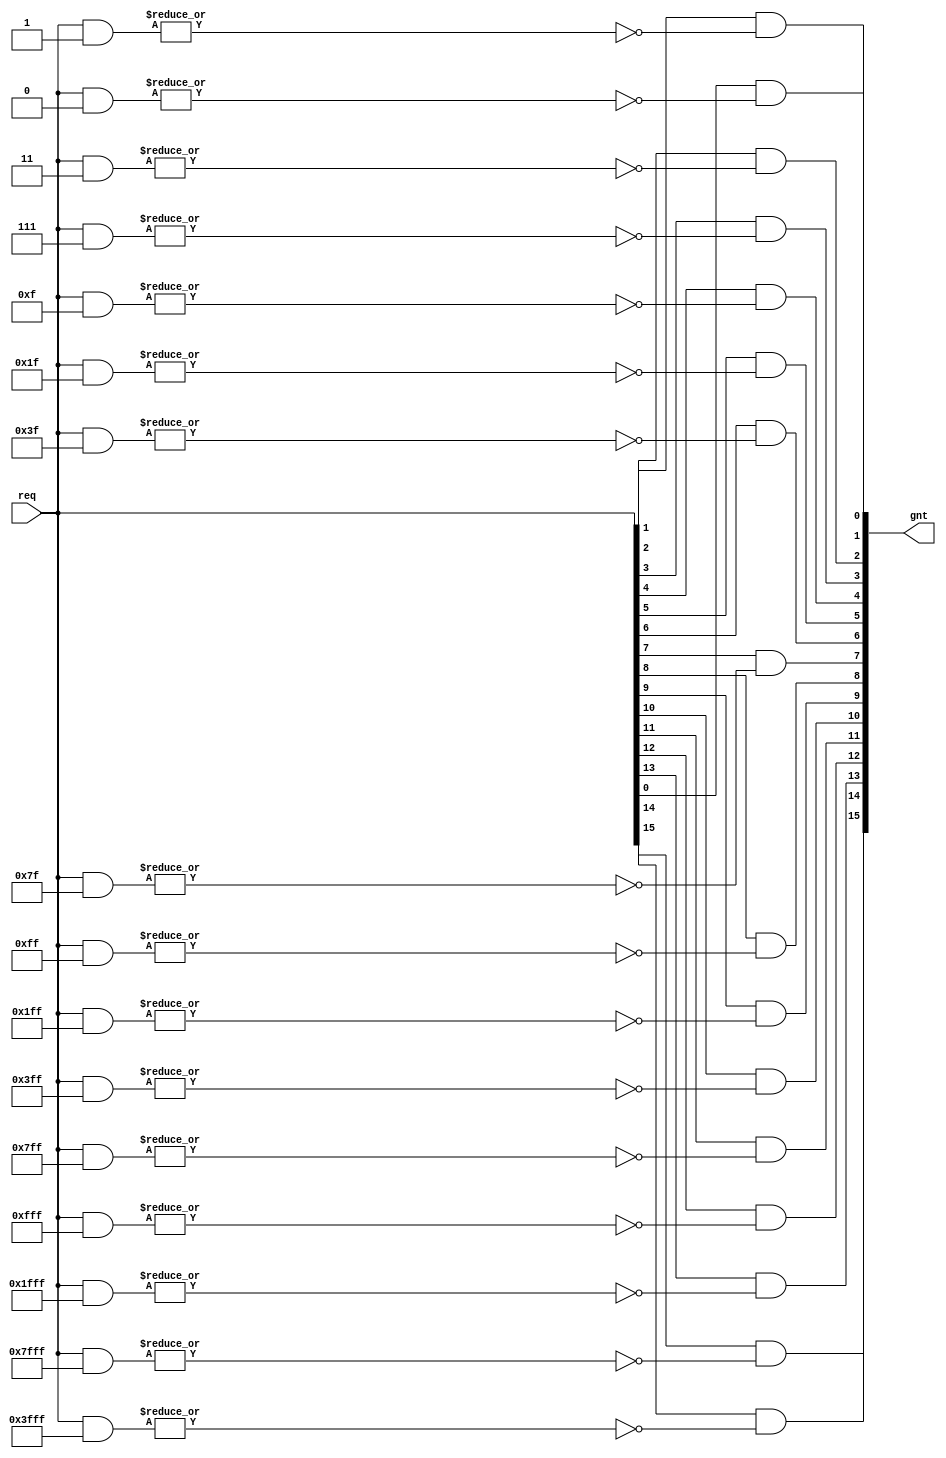
module hazard3_onehot_priority #(
	parameter W_REQ        = 16,
	parameter HIGHEST_WINS = 0
) (
	input  wire [W_REQ-1:0] req,
	output reg  [W_REQ-1:0] gnt
);

always @ (*) begin: select
	integer i;
	for (i = 0; i < W_REQ; i = i + 1) begin
		gnt[i] = req[i] && ~|(req & (
			HIGHEST_WINS ? ~({W_REQ{1'b1}} >> (W_REQ - 1 - i)) : ~({W_REQ{1'b1}} << i)
		));
	end
end

endmodule